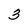
Character: 3